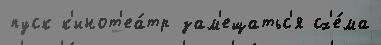
пуск к'инот'еа́тр зам'ещатьс'я сх'е́ма